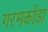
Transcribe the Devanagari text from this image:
गरमकोंडा